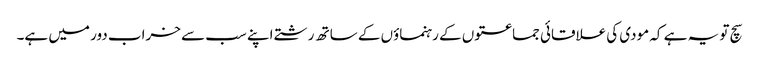
سچ تو یہ ہے کہ مودی کی علاقائی جماعتوں کے رہنماؤں کے ساتھ رشتے اپنے سب سے خراب دور میں ہے۔